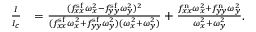
\begin{array} { r l } { \frac { I } { I _ { c } } } & { = \frac { ( f _ { x x } ^ { \mathrm { s f } } \omega _ { x } ^ { 2 } - f _ { y y } ^ { \mathrm { s f } } \omega _ { y } ^ { 2 } ) ^ { 2 } } { ( f _ { x x } ^ { \mathrm { s f } } \omega _ { x } ^ { 2 } + f _ { y y } ^ { \mathrm { s f } } \omega _ { y } ^ { 2 } ) ( \omega _ { x } ^ { 2 } + \omega _ { y } ^ { 2 } ) } + \frac { f _ { x x } ^ { \mathrm { n } } \omega _ { x } ^ { 2 } + f _ { y y } ^ { \mathrm { n } } \omega _ { y } ^ { 2 } } { \omega _ { x } ^ { 2 } + \omega _ { y } ^ { 2 } } . } \end{array}